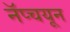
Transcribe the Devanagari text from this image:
नॅप्चयून